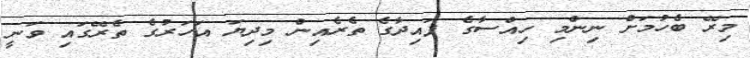
މިރޭ ބެހުމަށް ނިންމި ހިއްސާގެ ފައިދާގެ ތެރެއިން މިދިޔަ އަހަރުގެ ތެރޭގައި ވަނީ